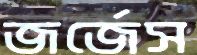
জর্জেস